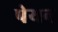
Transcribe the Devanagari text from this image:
पेयन